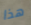
هذا